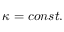
\kappa = c o n s t .